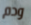
ودم